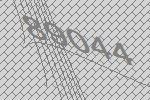
89044